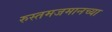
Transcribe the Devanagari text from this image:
रुस्तमजमानच्या